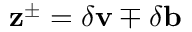
\mathbf { z } ^ { \pm } = \delta \mathbf { v } \mp \delta \mathbf { b }